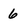
Character: 6